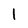
Character: l